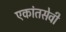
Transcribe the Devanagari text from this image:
एकांतसेवी